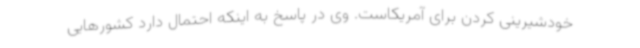
خودشیرینی کردن برای آمریکاست. وی در پاسخ به اینکه احتمال دارد کشورهایی